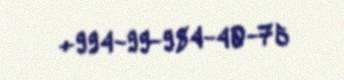
+994-99-984-40-75